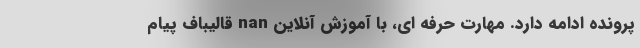
پرونده ادامه دارد. مهارت حرفه ای، با آموزش آنلاین nan قالیباف پیام